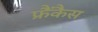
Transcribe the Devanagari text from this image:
फ्रैंकैस